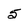
Character: 5